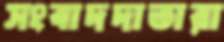
সংবাদদাতারা